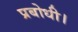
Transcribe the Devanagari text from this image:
प्रबोधी।